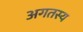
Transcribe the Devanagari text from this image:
अगतस्य